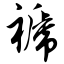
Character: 褫